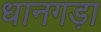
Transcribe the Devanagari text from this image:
धानगड़ा